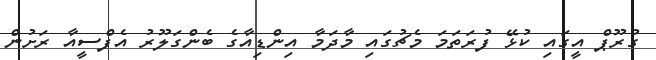
ގުރޫޕް އީގައި ކުޅޭ ފުރަތަމަ މެޗުގައި މާދަމާ އިންޑިއާގެ ބެންގަލޫރު އެފްސީއާ ރަށުން